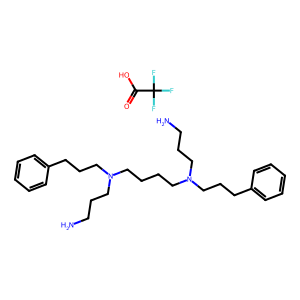
SMILES: NCCCN(CCCCN(CCCN)CCCc1ccccc1)CCCc1ccccc1.O=C(O)C(F)(F)F
Inhibits HIV replication: No